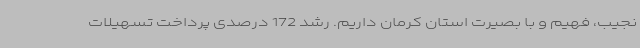
نجیب، فهیم و با بصیرت استان کرمان داریم. رشد 172 درصدی پرداخت تسهیلات